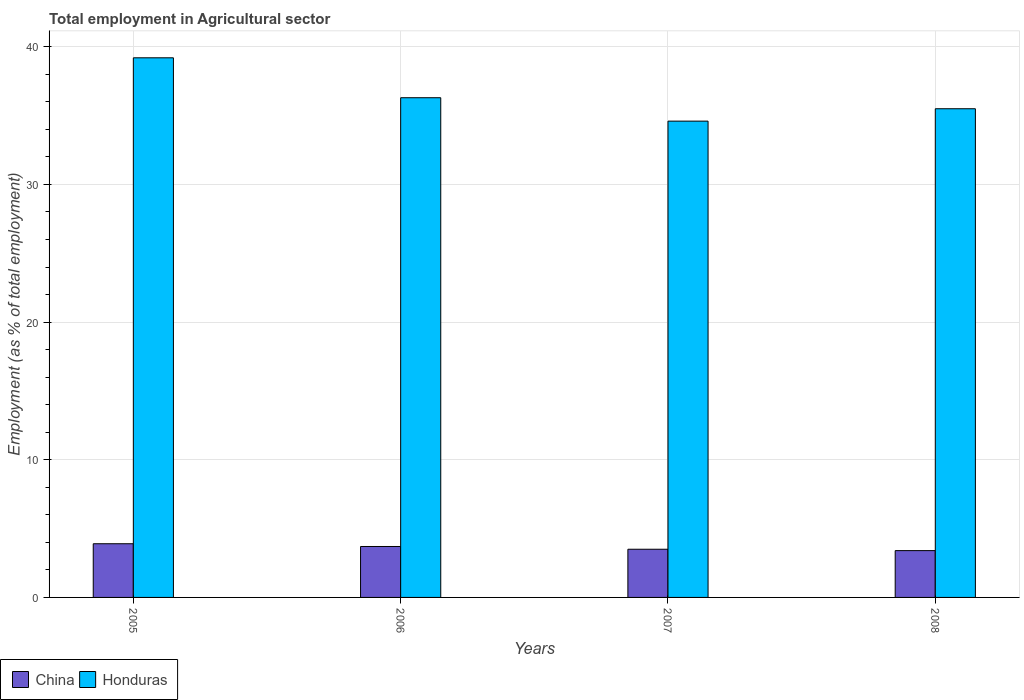
| Years | China | Honduras |
 | --- | --- | --- |
 | 2005 | 3.9 | 39.2 |
 | 2006 | 3.7 | 36.3 |
 | 2007 | 3.5 | 34.6 |
 | 2008 | 3.4 | 35.5 |